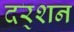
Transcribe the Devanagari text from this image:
दर्‍शन